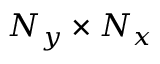
{ { N } _ { y } } \times { { N } _ { x } }